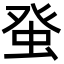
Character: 𤼭